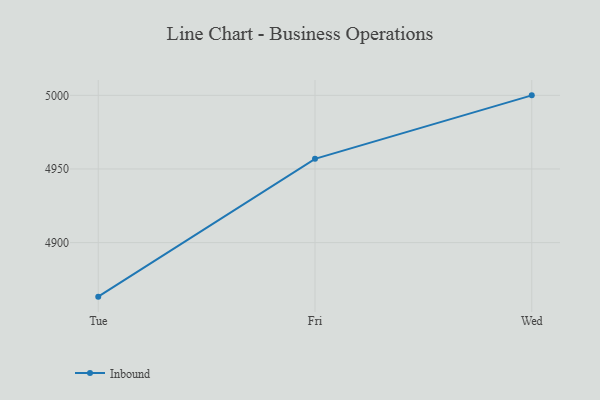
{"axis": {"x": "Day", "y": "Demand Index"}, "legend": ["Inbound"], "data": [{"x": "Tue", "y": 4863.3, "type": "Inbound"}, {"x": "Fri", "y": 4956.9, "type": "Inbound"}, {"x": "Wed", "y": 5000, "type": "Inbound"}]}